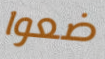
ضعوا